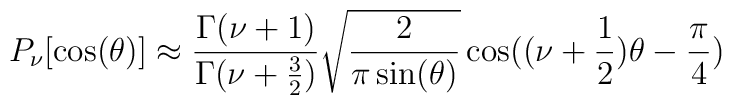
P_\nu[\cos(\theta)]\approx{\Gamma(\nu +1)\over \Gamma(\nu +{3\over 2} )}\sqrt{ 2 \over \pi \sin(\theta)}\cos((\nu+{1\over 2})\theta-{\pi\over 4})